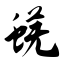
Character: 蜣